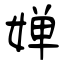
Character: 婵